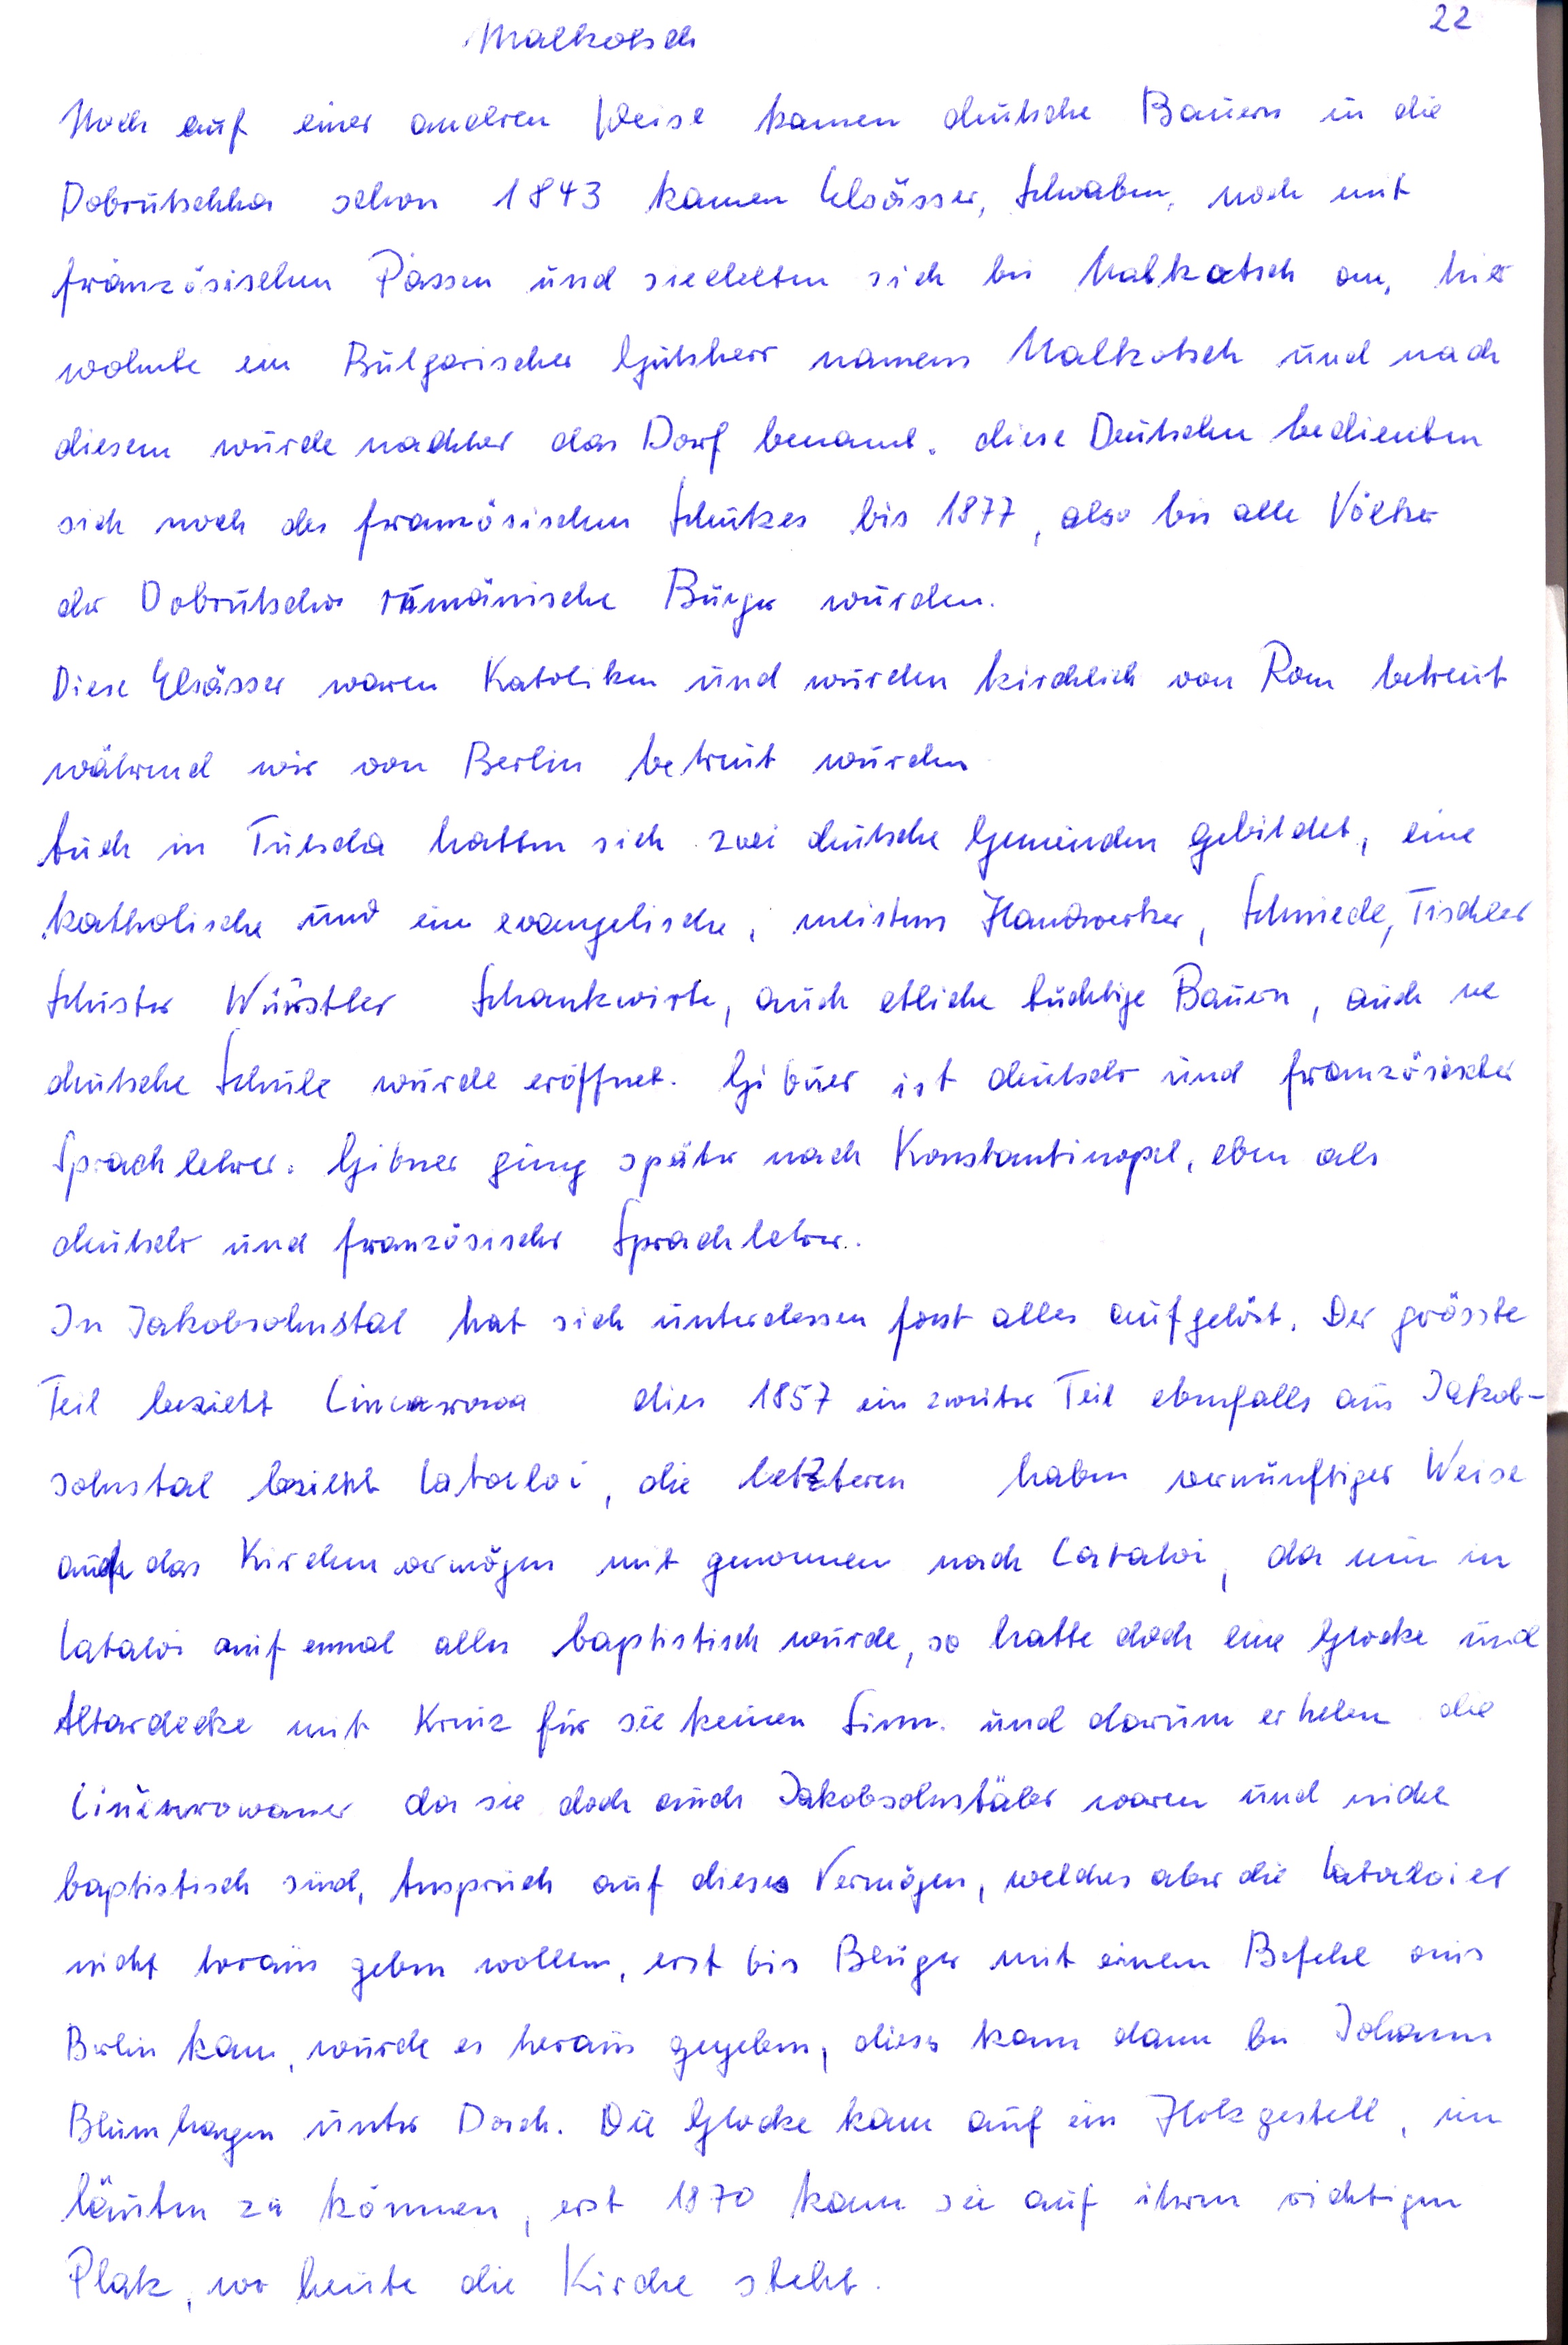
22
Malkotsch
Noch auf einer anderen Weise kamen deutsche Bauern in die
Dobrutschha schon 1843 kamen Elsässer, Schwaben noch mit
französischen Passen und siedelten sich bei Malkatsch an, hier
wohnte ein Bulgarischer Gutsherr namens Malkotsch und nach
diesem wurde nachher das Dorf benannt diese Deutschen bedienten
sich noch des französischen Schlutzes bis 1877 also bis alle Völker
der Dobrutscha rumänische Bürger wurden.
Diese Elsässer waren Katoliken und wurden kirchlich von Rom betreut
während wir von Berlin, betreut wurden
tuch in Tutscha hatten sich zei deutsche Gemeinden gelildet, ein
katholische und eim evangelische, meistens Hadwerker Schmiede Tischer
Schuster Würstler Schankwirte, auch etliche tüchtige Bauern, auch ne
deutsche Schule wurde eröffnet. Gibuer ist deutschr und französischer
Sprachlehrer. Gibner ging später nach Konstantinopel, eben als
deutshr und französischr Sprachleber.
In Jakobsohnstal hat sich unterdessen fast alles aufgelöst. Der grösste
Teil bezieht Ciucarowa dies 1857 ein zweiter Teil ebenfalls aus Jakob-
sohnstal bezieht Cataloi, die letzteren haben vernünftiger Weise
auch das Kirchenvermögen mit genommen nach Cataloi, da nun in
Cataloi auf enmal allen baptistisch wurde, so hatte doch eine Glocke und
Altardecke mit Kreuz für sie keinen Sinn und darum erheben die
Ciurocowaner da sie doch auch Jakobsohnstäler waren und nicht
baptistisch sind, Anspruch auf dieses Vermögen, welches aber dier Kataloier
nicht heraus geben wollen, erst bis Beuger mit einem Befehl aus
Berlin kam, wurde es heraus gegeben, dies kam dann bei Johannn
Blumhagen unter Dach. Die Glocke kam auf ein Holzgestell, um
läuten zu können, erst 1870 kam sie auf ihren richtgen
Platz, wo heute die Kirche steht